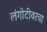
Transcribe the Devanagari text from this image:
लंगोटीवरचा